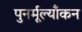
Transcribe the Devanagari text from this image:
पुनर्मूल्याँकन